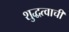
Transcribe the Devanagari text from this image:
शुद्धत्वाची